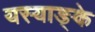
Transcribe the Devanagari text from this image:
यस्याङ्के